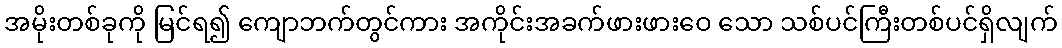
အမိုးတစ်ခုကို မြင်ရ၍ ကျောဘက်တွင်ကား အကိုင်းအခက်ဖားဖားဝေ သော သစ်ပင်ကြီးတစ်ပင်ရှိလျက်